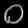
Digit: ၀